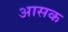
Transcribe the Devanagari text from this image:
आसक